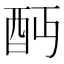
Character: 𨟺